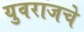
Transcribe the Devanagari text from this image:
युवराजचे